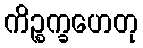
ကိဉ္စက္ခဟေတု